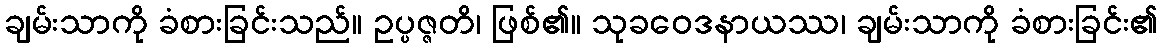
ချမ်းသာကို ခံစားခြင်းသည်။ ဥပ္ပဇ္ဇတိ၊ ဖြစ်၏။ သုခဝေဒနာယဿ၊ ချမ်းသာကို ခံစားခြင်း၏